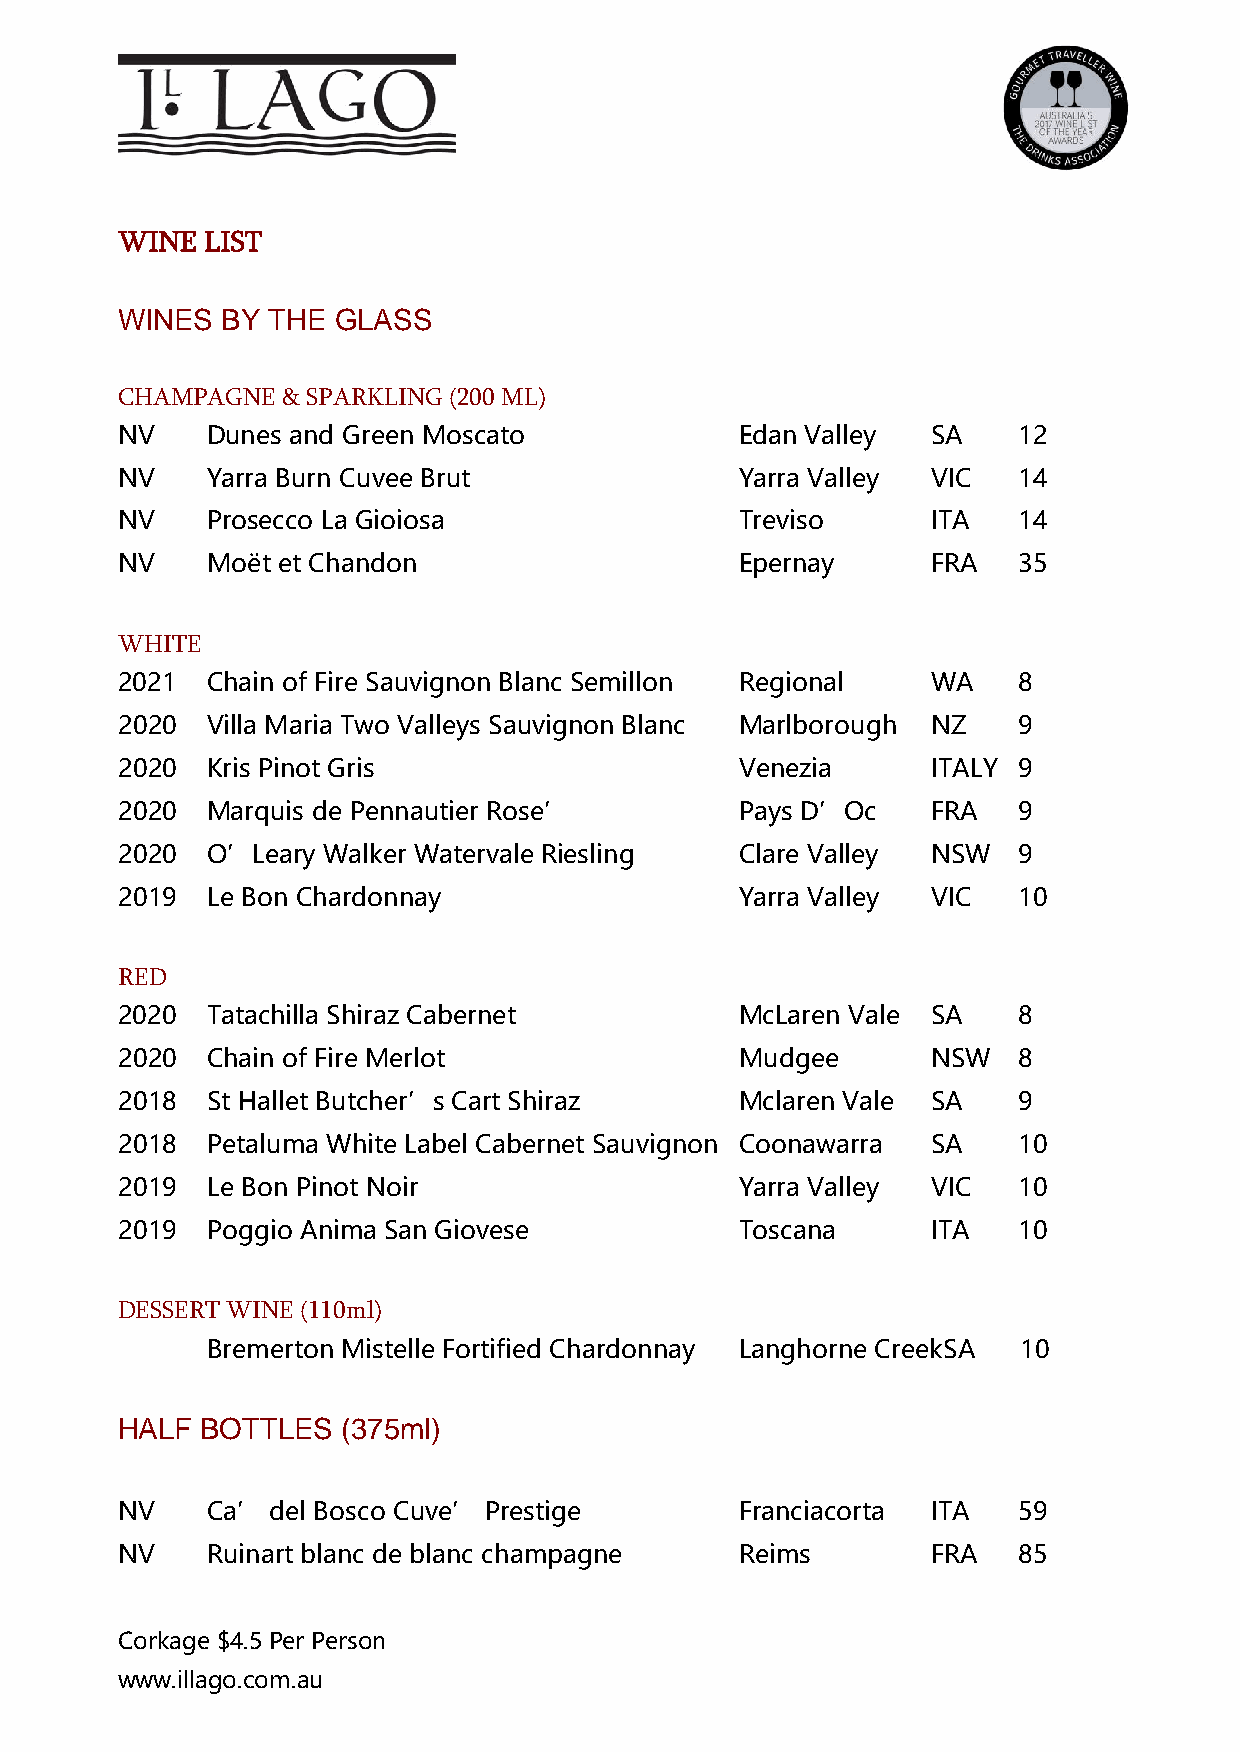
WINE  LIST
 WINES  BY THE GLASS
 CHAMPAGNE  & SPARKLING (200 ML)
 NV    Dunes and Green Moscato            Edan Valley  SA   12
 NV    Yarra Burn Cuvee Brut              Yarra Valley VIC  14
 NV    Prosecco La Gioiosa                Treviso      ITA  14
 NV    Moët et Chandon                    Epernay      FRA  35
 WHITE
 2021  Chain of Fire Sauvignon Blanc Semillon Regional WA   8
 2020  Villa Maria Two Valleys Sauvignon Blanc Marlborough NZ 9
 2020  Kris Pinot Gris                    Venezia      ITALY 9
 2020  Marquis de Pennautier Rose’        Pays D’Oc    FRA  9
 2020  O’Leary Walker Watervale Riesling  Clare Valley NSW  9
 2019  Le Bon Chardonnay                  Yarra Valley VIC  10
 RED
 2020  Tatachilla Shiraz Cabernet         McLaren Vale SA   8
 2020  Chain of Fire Merlot               Mudgee       NSW  8
 2018  St Hallet Butcher’s Cart Shiraz    Mclaren Vale SA   9
 2018  Petaluma White Label Cabernet Sauvignon Coonawarra SA 10
 2019  Le Bon Pinot Noir                  Yarra Valley VIC  10
 2019  Poggio Anima San Giovese           Toscana      ITA  10
 DESSERT WINE (110ml)
 Bremerton Mistelle Fortified Chardonnay Langhorne Creek SA 10
 HALF BOTTLES   (375ml)
 NV    Ca’ del Bosco Cuve’ Prestige       Franciacorta ITA  59
 NV    Ruinart blanc de blanc champagne   Reims        FRA  85
 Corkage $4.5 Per Person
 www.illago.com.au